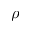
\rho